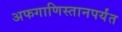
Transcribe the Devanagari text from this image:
अफगाणिस्तानपर्यंत